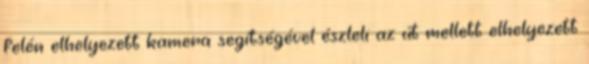
felén elhelyezett kamera segítségével észleli az út mellett elhelyezett